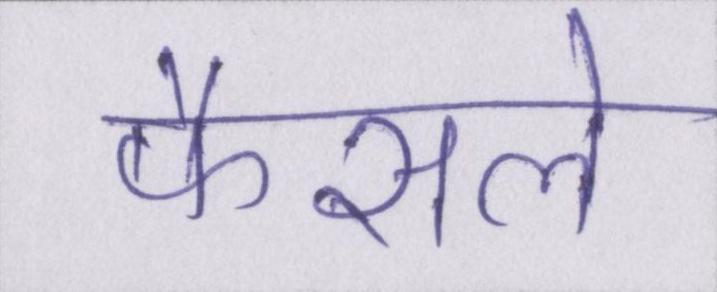
फैसले